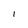
Character: l